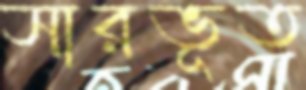
সারভূত